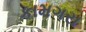
કામગરા